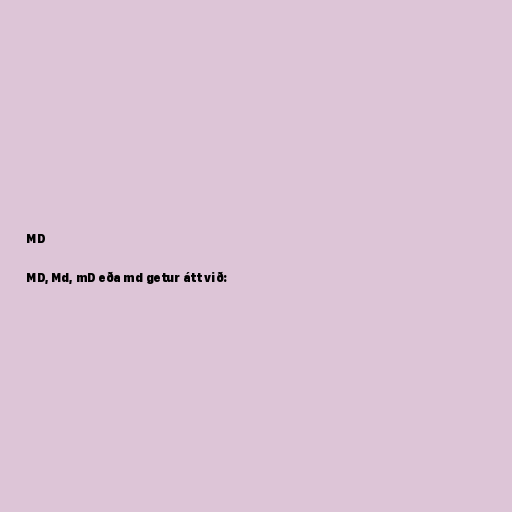
MD

MD, Md, mD eða md getur átt við: